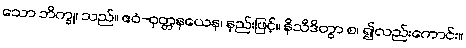
သော ဘိက္ခု၊ သည်။ ဧဝံ-ဝုတ္တနယေန၊ နည်းဖြင့်။ နိသီဒိတွာ စ၊ ၍လည်းကောင်း။